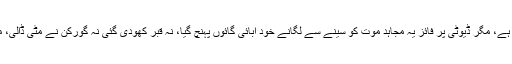
عموماً میت کو آبائی گائوں پہنچایا جاتا ہے، مگر ڈیوٹی پر فائز یہ مجاہد موت کو سینے سے لگانے خود آبائی گائوں پہنچ گیا، نہ قبر کھودی گئی نہ گورکن نے مٹی ڈالی، ملبے تلے اپنی قبر بھی خود ہی بنا ڈالی۔